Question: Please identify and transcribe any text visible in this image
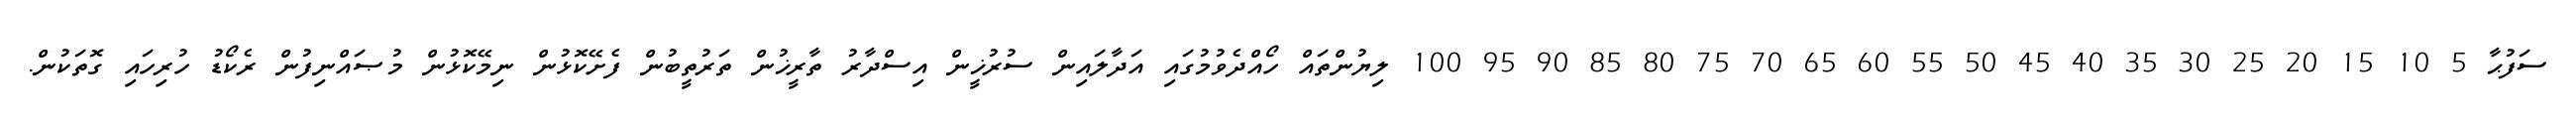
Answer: ސަފުޙާ 5 10 15 20 25 30 35 40 45 50 55 60 65 70 75 80 85 90 95 100 ލިޔުންތައް ހޯއްދެވުމުގައި އަދާލައިން ސުރުޚީން އިސްދާރު ތާރީޚުން ތަރުތީބުން ފެށޭކޮޅުން ނިމޭކޮޅުން މުޞައްނިފުން ރެކޯޑު ހުރިހައި ގޮތަކުން.